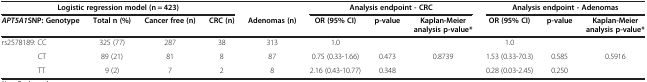
| <COLSPAN=5> Logistic regression model (n = 423) |  | <COLSPAN=4> Analysis endpoint - CRC | <COLSPAN=4> Analysis endpoint - Adenomas |
 | <COLSPAN=2> APT5A1 SNP: Genotype | Total n (%) | Cancer free (n) | CRC (n) | Adenomas (n) | OR (95% CI) | p-value | Kaplan-Meier analysis p-value* | OR (95% CI) | p-value | Kaplan-Meier analysis p-value* |  |  |
 | --- | --- | --- | --- | --- | --- | --- | --- | --- | --- | --- | --- | --- | --- |
 | rs2578189: | CC | 325 (77) | 287 | 38 | 313 | 1.0 |  | <ROWSPAN=2> 0.8739 | 1.0 |  | <ROWSPAN=2> 0.5916 |
 |  | CT | 89 (21) | 81 | 8 | 87 | 0.75 (0.33-1.66) | 0.473 | 1.53 (0.33-70.3) | 0.585 |
 |  | TT | 9 (2) | 7 | 2 | 8 | 2.16 (0.43-10.77) | 0.348 |  | 0.28 (0.03-2.45) | 0.250 |  |